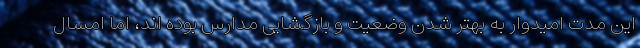
این مدت امیدوار به بهتر شدن وضعیت و بازگشایی مدارس بوده اند، اما امسال